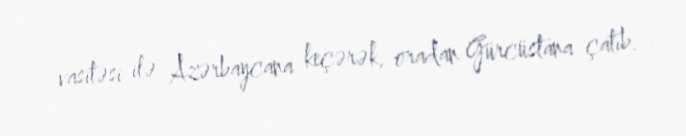
vasitəsi ilə Azərbaycana keçərək, oradan Gürcüstana çatıb.